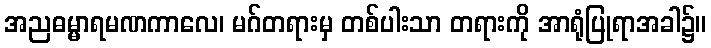
အညဓမ္မာရမဏကာလေ၊ မဂ်တရားမှ တစ်ပါးသာ တရားကို အာရုံပြုရာအခါ၌။